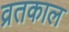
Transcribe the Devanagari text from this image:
व्रतकाल